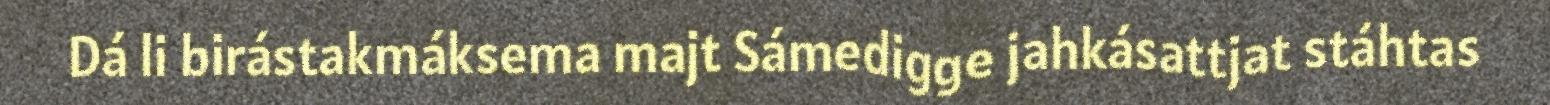
Dá li birástakmáksema majt Sámedigge jahkásattjat stáhtas